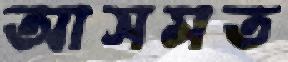
আসমত